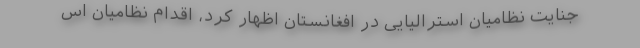
جنایت نظامیان استرالیایی در افغانستان اظهار کرد، اقدام نظامیان اس